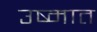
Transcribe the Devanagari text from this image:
उष्मात